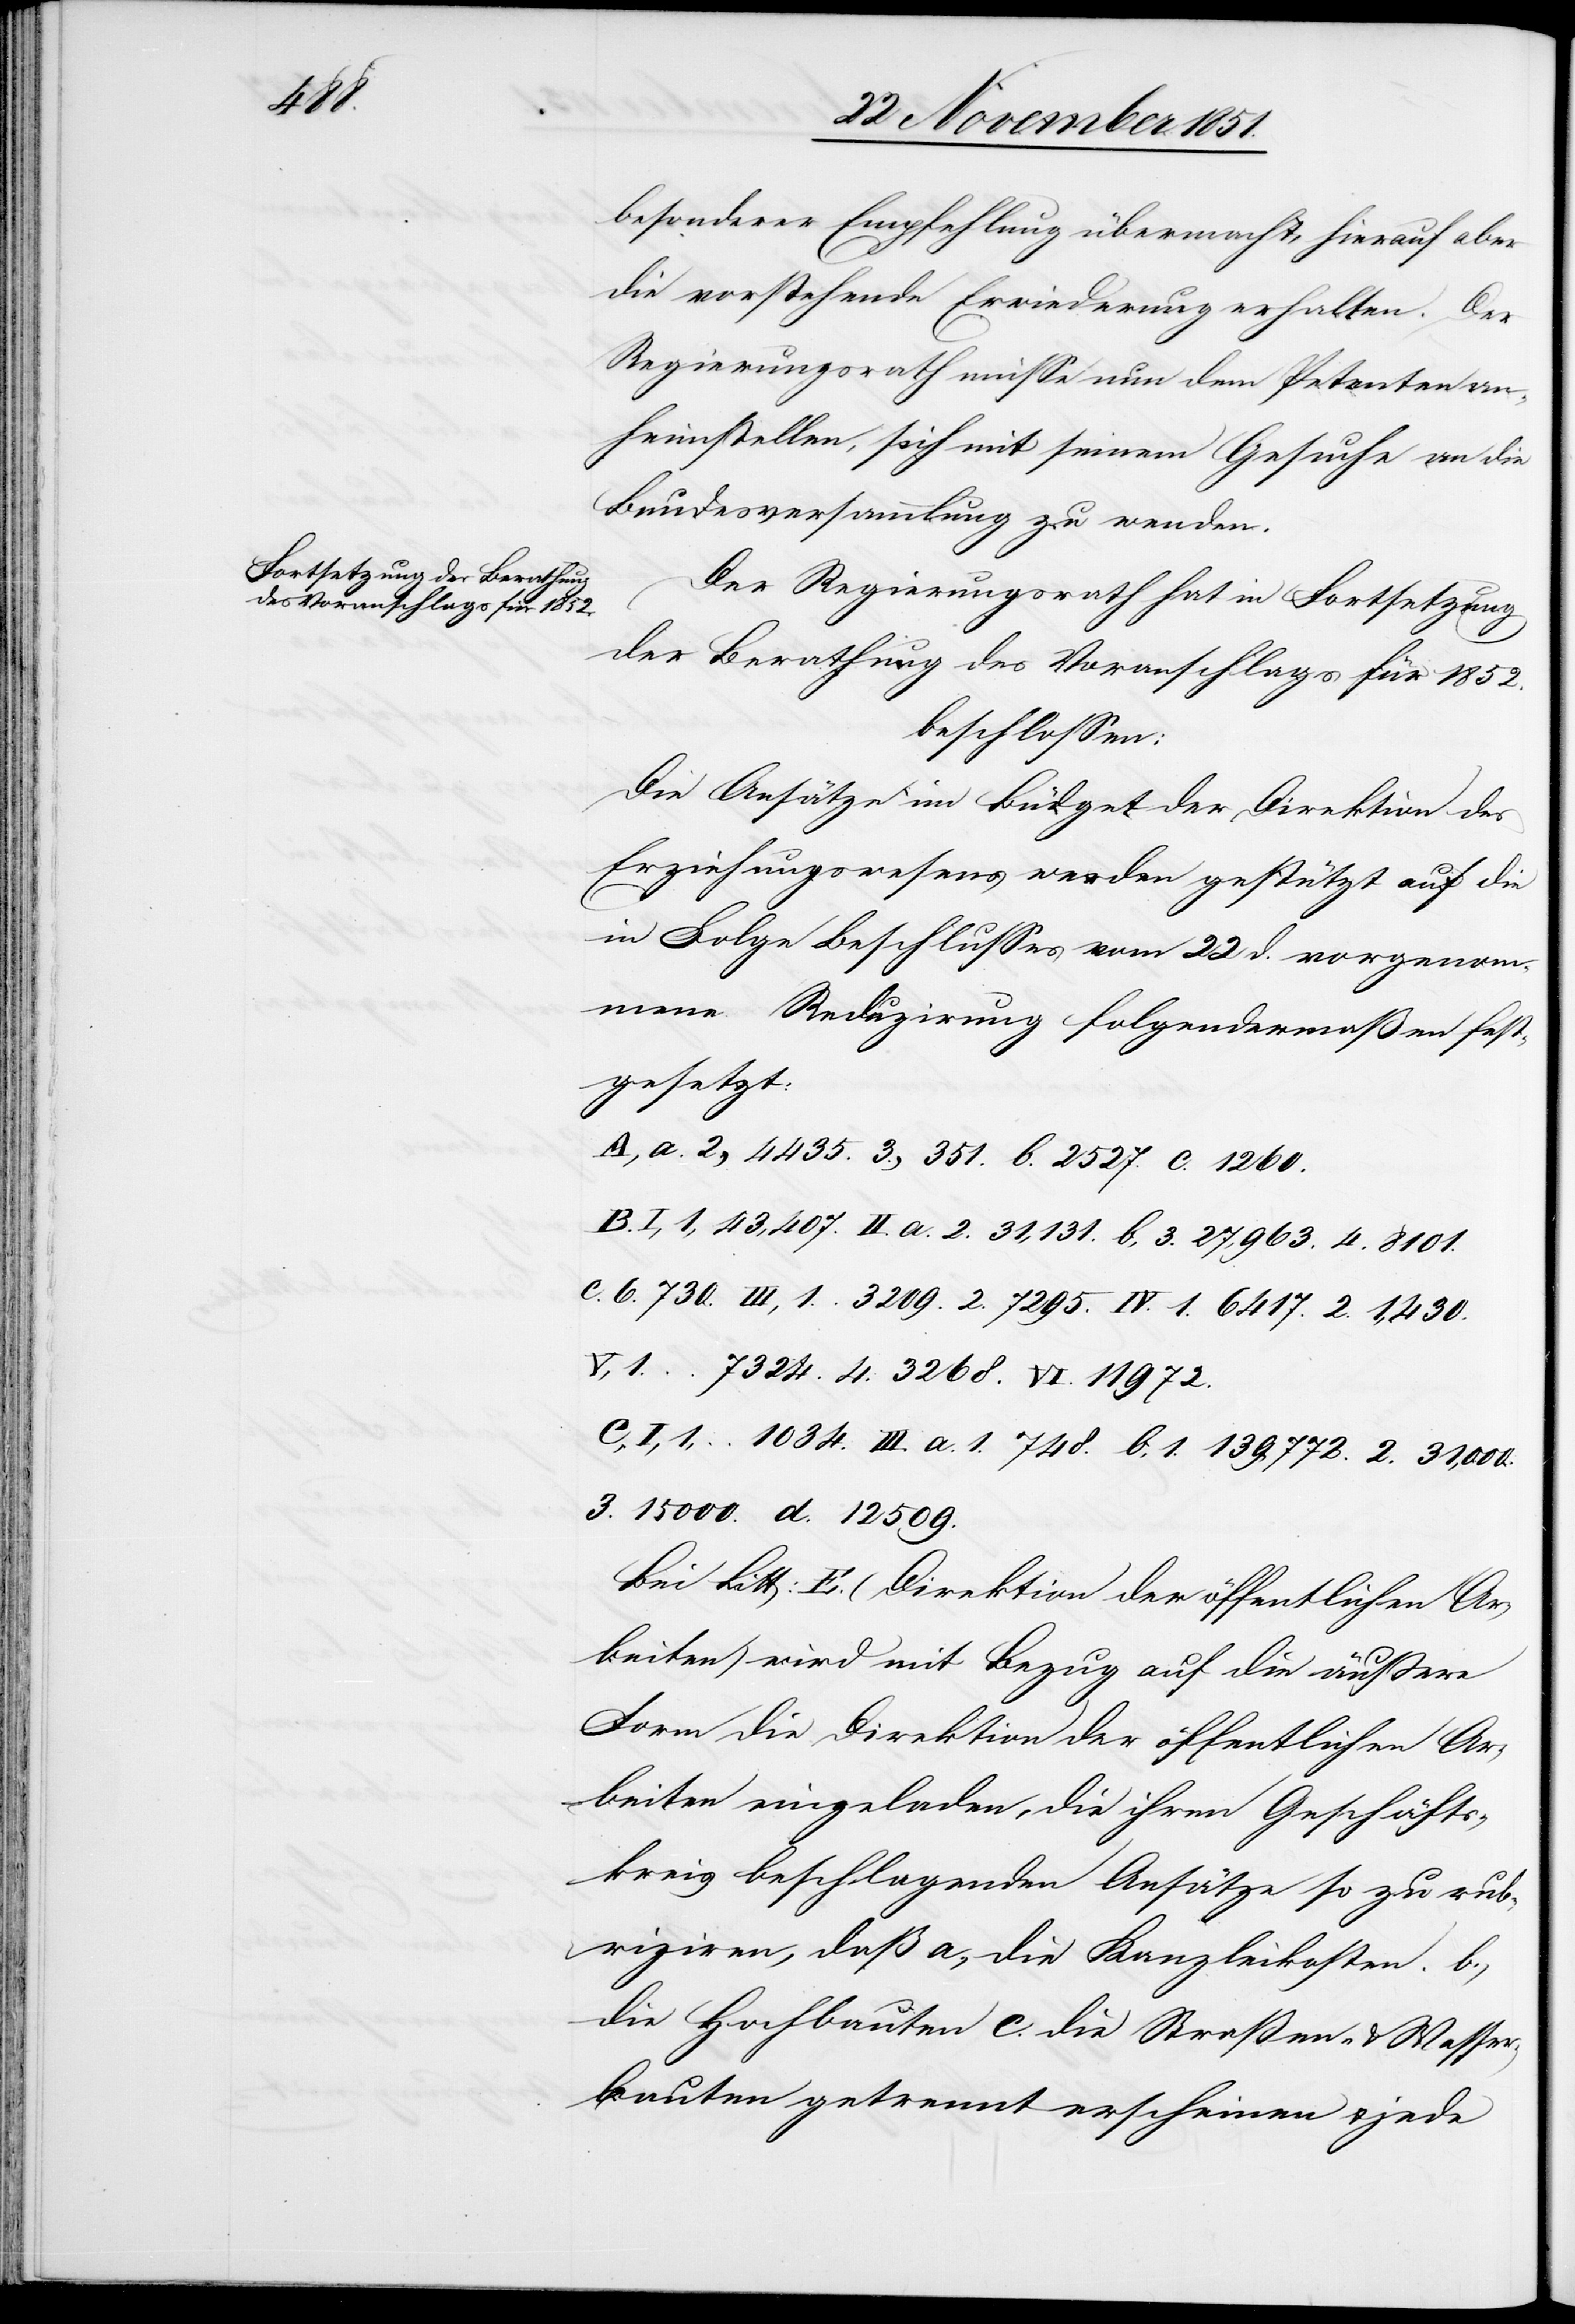
besonderer Empfehlung übermacht, hierauf aber
die vorstehende Erwiederung erhalten. Der
Regierungsrath müsse nun dem Petenten an¬
heimstellen, sich mit seinem Gesuche an die
Bundesversammlung zu wenden.
Der Regierungsrath hat in Fortsetzung
der Berathung des Voranschlags für 1852.
beschlossen:
Die Ansätze im Büdget der Direktion des
Erziehungswesens werden gestützt auf die
in Folge Beschlusses vom 22 d. vorgenom¬
mene Reduzirung folgendermaßen fest¬
gesetzt:
A, a. 2., 4435. 3., 351. b. 2527. c. 1260.
I, 1, 43,407. II. a. 2. 31,131. b, 3. 27,963. 4. 8101.
c. 6. 730. III, 1. 3209. 2. 7295. IV. 1. 6417. 2. 1,430.
V, 1. 7324. 4. 3268. VI. 11972.
C, I, 1, 1034. III. a. 1. 748. b, 1. 139,772. 2. 31,000.
3. 15 000. d. 12 509.
Bei Litt: E. (Direktion der öffentlichen Ar¬
beiten) wird mit Bezug auf die äußere
Form die Direktion der öffentlichen Ar¬
beiten eingeladen, die ihren Geschäfts¬
kreis beschlagenden Ansätze so zu rub¬
riziren, daß a., die Kanzleikosten. b.,
die Hochbauten c. die Straßen- & Wasser¬
bauten getrennt erscheinen & jede